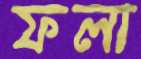
ফলা